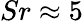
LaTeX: Sr\approx 5